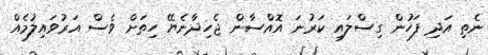
ނެތި އަދި ފަހުން ގިސްލައި ކަރުނަ އޮއްސާން ޖެހިދާނެޔޭ ހިތަށް ވެސް އަރުވައިލުމެއް